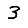
Digit: 3